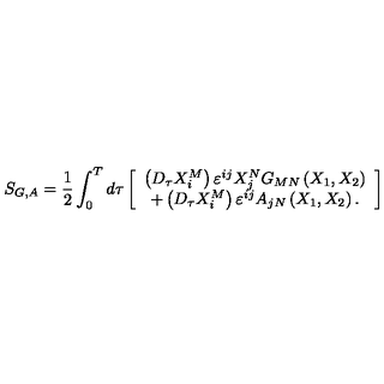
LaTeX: S _ { G , A } = \frac 1 2 \int _ { 0 } ^ { T } d \tau \left[ \begin{array} { c } { \left( D _ { \tau } X _ { i } ^ { M } \right) \varepsilon ^ { i j } X _ { j } ^ { N } G _ { M N } \left( X _ { 1 } , X _ { 2 } \right) } \\ { + \left( D _ { \tau } X _ { i } ^ { M } \right) \varepsilon ^ { i j } A _ { j N } \left( X _ { 1 } , X _ { 2 } \right) . } \\ \end{array} \right]